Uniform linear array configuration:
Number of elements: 32
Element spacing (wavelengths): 1
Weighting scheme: binomial
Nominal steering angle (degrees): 30
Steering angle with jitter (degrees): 28.025
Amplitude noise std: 0.05
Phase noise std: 0.05

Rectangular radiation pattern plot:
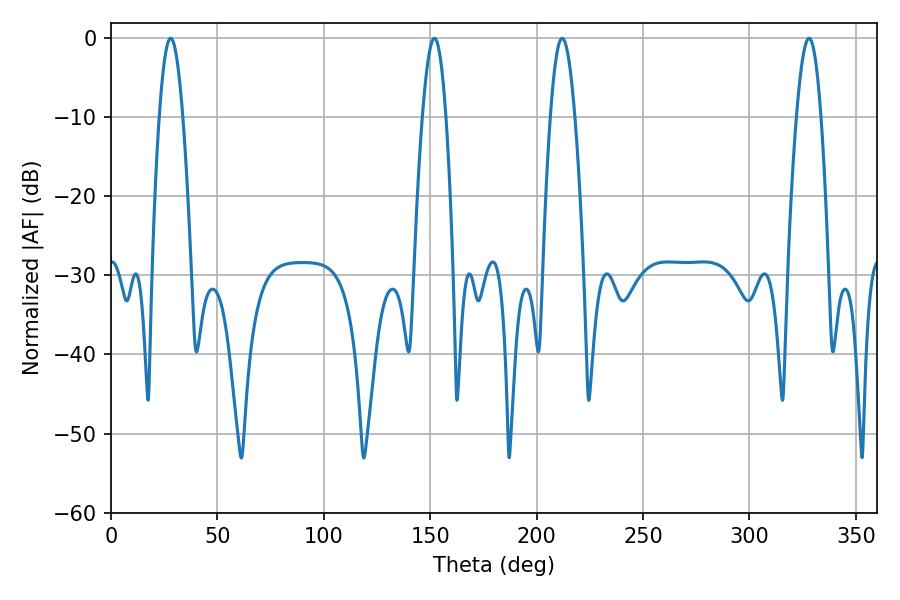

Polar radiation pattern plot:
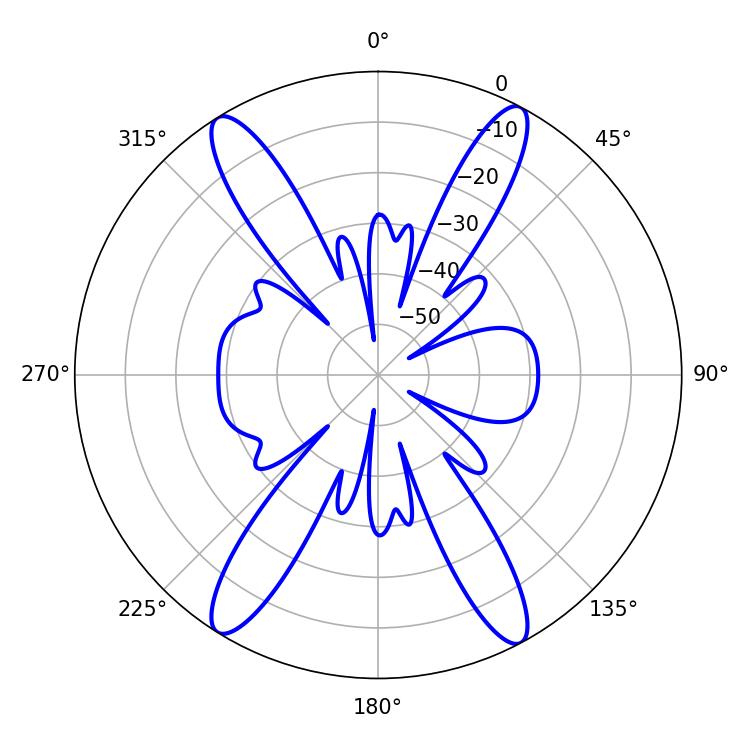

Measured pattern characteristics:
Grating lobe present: TRUE
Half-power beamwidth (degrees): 6.12
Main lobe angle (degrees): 212.04